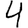
Digit: 4